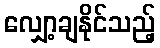
လျှော့ချနိုင်သည့်